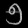
Digit: ၅